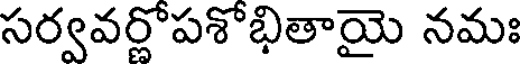
సర్వవర్ణోపశోభితాయై నమః